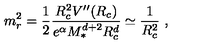
m _ { r } ^ { 2 } = \frac { 1 } { 2 } \frac { R _ { c } ^ { 2 } V ^ { \prime \prime } ( R _ { c } ) } { e ^ { \alpha } M _ { * } ^ { d + 2 } R _ { c } ^ { d } } \simeq \frac { 1 } { R _ { c } ^ { 2 } } \ ,